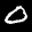
Label: 0